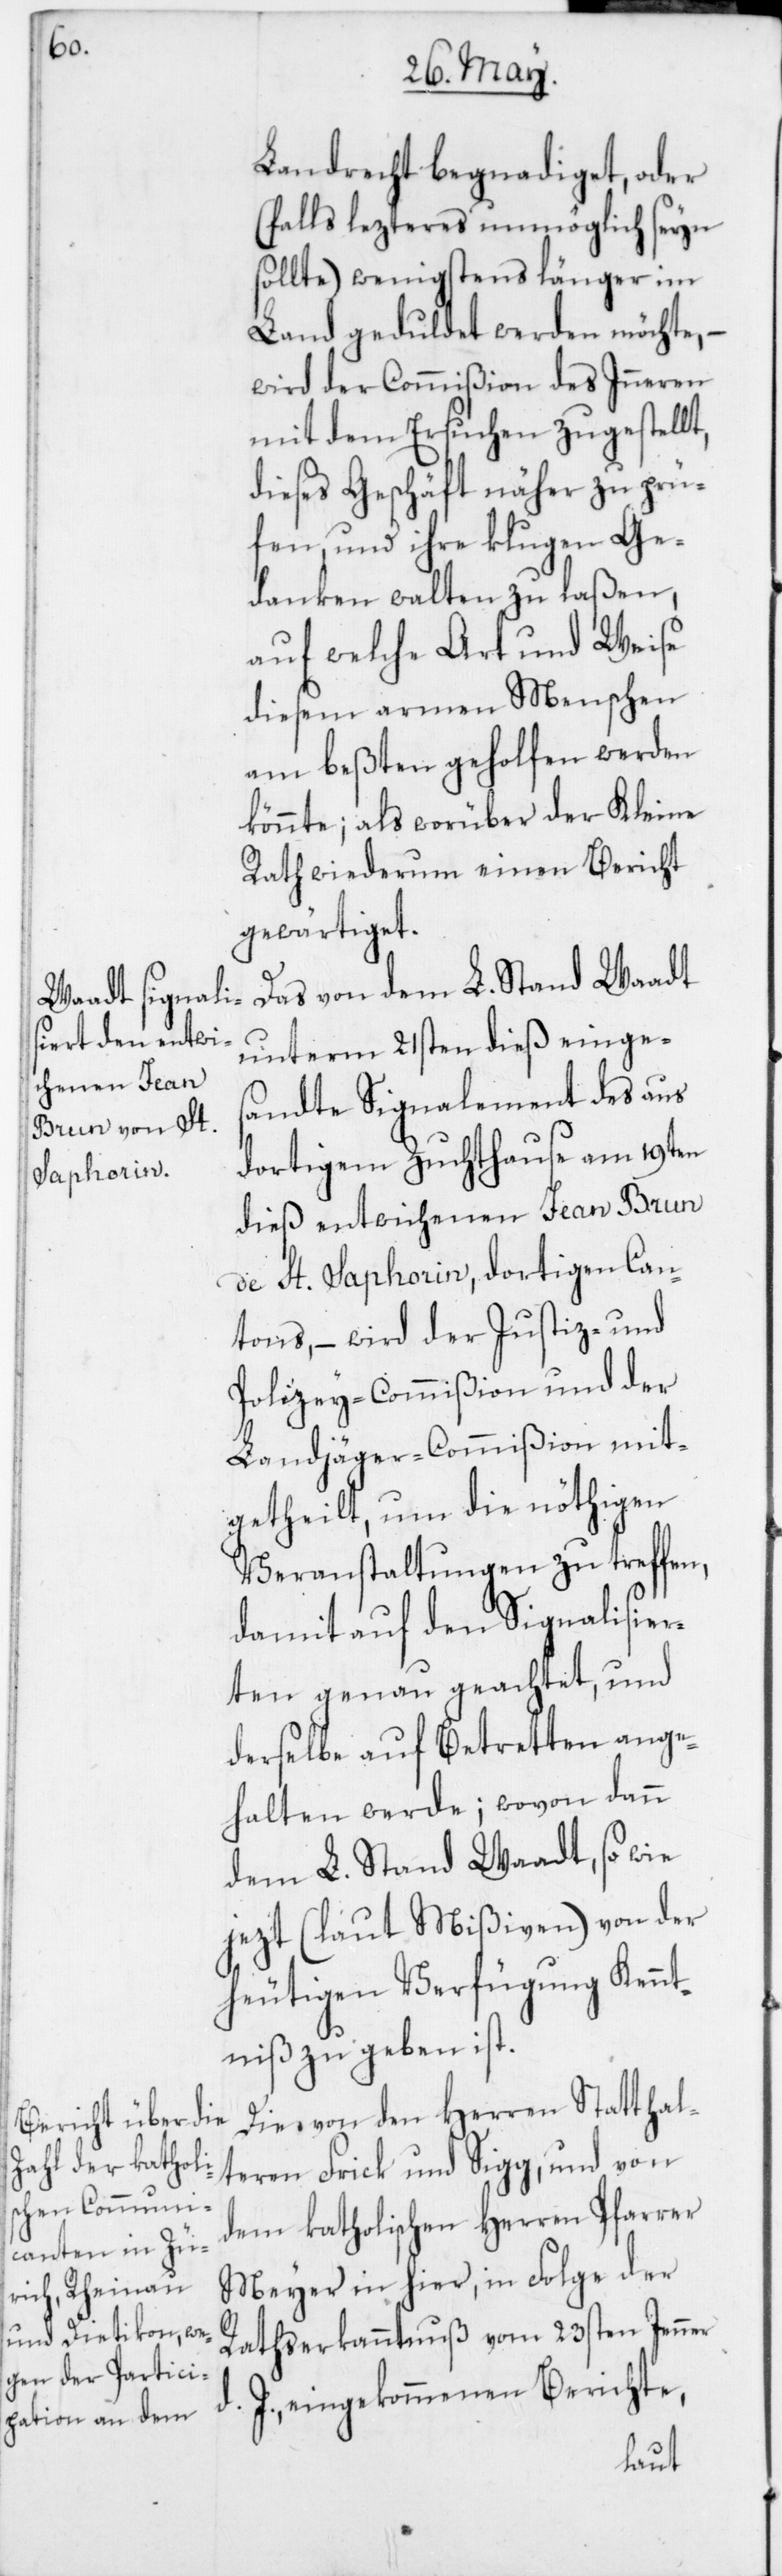
Landrecht begnadiget oder
(falls lezteres unmöglich seyn
sollte) wenigstens länger im
Land geduldet werden möchte, –
wird der Commißion des Inneren
mit dem Ersuchen zugestellt,
dieses Geschäft näher zu prü¬
fen und ihre klugen Ge¬
danken walten zu laßen,
auf welche Art und Weise
diesem armen Menschen
am beßten geholfen werden
könnte; als worüber der Kleine
Rath wiederum einen Bericht
gewärtiget.
Das von dem L. Stand Waadt
unterm 21sten dieß einges¬
andte Signalement des aus
dortigem Zuchthause am 19ten
dieß entwichenen Jean Brun
de St. Saphorin, dortigen Can¬
tons, – wird der Justiz- und
Polizey-Commißion und der
Landjäger-Commißion mit¬
getheilt, um die nöthigen
Veranstaltungen zu treffen,
damit auf den Signalisier¬
ten genau geachtet und
derselbe auf Betretten ange¬
halten werde; wovon dann
dem L. Stand Waadt, sowie
jetzt (laut Mißiven) von der
heutigen Verfügung Kennt¬
niß zu geben ist.
Die von den Herren Statthal¬
teren Frick und Sigg, und von
dem katholischen Herren Pfarrer
Meyer in hier, in Folge der
Rathserkanntnuß vom 23sten Jenner
J. eingekommenen Berichte,